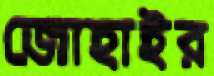
জোহাইর